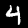
Digit: 4